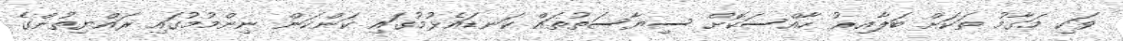
ވަކި މަގާމު ތަކަށް ބަލާއިރު ހާއްސަކޮށް ސިޔާސަތުތައް ކަނޑައެޅުމުގައި ކަންކަން ނިންމުމުގައި ރައްޔިތުންގެ